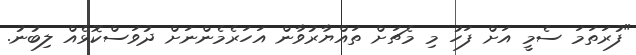
"ފުރަތަމަ ސެމީ އަށް ފަހު މި މެޗަށް ތައްޔާރުވާން އަހަރެމެންނަށް ދުވަސްކޮޅެއް ލިބުނު.